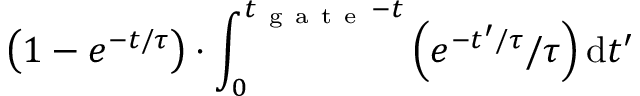
\left( 1 - e ^ { - t / \tau } \right) \cdot \int _ { 0 } ^ { t _ { \mathrm { ~ g ~ a ~ t ~ e ~ } } - t } \left( { e ^ { - t ^ { \prime } / \tau } / } { \tau } \right) \mathrm { d } t ^ { \prime }